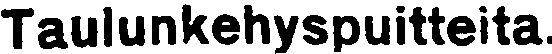
Taulunkehyspuitteita.